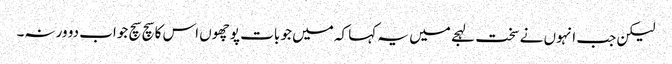
لیکن جب انہوں نے سخت لہجے میں یہ کہا کہ میں جو بات پوچھوں اس کا سچ سچ جواب دو ورنہ۔